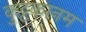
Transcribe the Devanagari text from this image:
कुट्टकानम